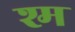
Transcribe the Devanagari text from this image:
श्म